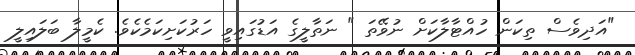
"އަދިވެސް ތިކަން ހުއްޓާލާކަށް ނުވޭތަ " ނަތާލީގެ އަޑުގައިވީ ހަރުކަށިކަމެކެވެ. ކެމީލާ ބަލައިލީ